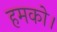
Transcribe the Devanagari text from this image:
हमको।